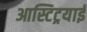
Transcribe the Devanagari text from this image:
आस्टिट्रयाई